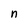
Character: n